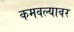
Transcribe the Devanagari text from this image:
कमवल्यावर